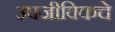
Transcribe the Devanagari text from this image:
उपजीविकचे